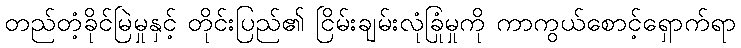
တည်တံ့ခိုင်မြဲမှုနှင့် တိုင်းပြည်၏ ငြိမ်းချမ်းလုံခြုံမှုကို ကာကွယ်စောင့်ရှောက်ရာ